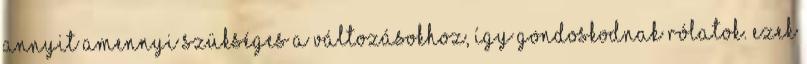
annyit amennyi szükséges a változásokhoz, így gondoskodnak rólatok. Ezek